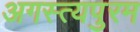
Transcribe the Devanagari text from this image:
अगस्त्यपुरम